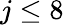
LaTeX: j\le 8